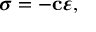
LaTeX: { \boldsymbol { \sigma } } = - \mathbf { c } { \boldsymbol { \varepsilon } } ,